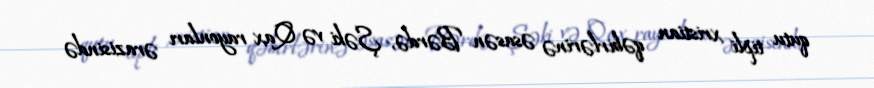
qutu tipli xristian qəbirlərinə əsasən Bərdə, Şəki və Qax rayonları ərazisində